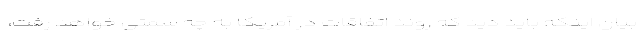
بیان اینکه باید دید که روند اتفاقات در آمریکا به چه سمتی خواهد رفت،